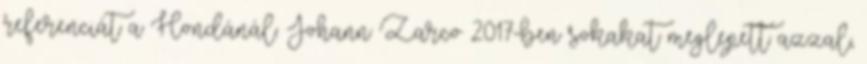
referenciát a Hondánál. Johann Zarco 2017-ben sokakat meglepett azzal,